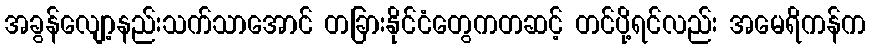
အခွန်လျော့နည်းသက်သာအောင် တခြားနိုင်ငံတွေကတဆင့် တင်ပို့ရင်လည်း အမေရိကန်က